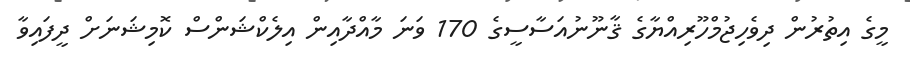
މީގެ އިތުރުން ދިވެހިޖުމްހޫރިއްޔާގެ ޤާނޫނުއަސާސީގެ 170 ވަނަ މާއްދާއިން އިލެކްޝަންސް ކޮމިޝަނަށް ދީފައިވާ